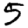
Digit: 5